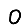
Digit: 0